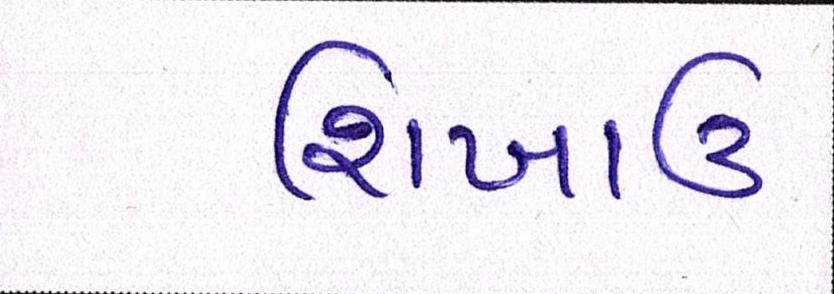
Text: શિખાઉ